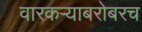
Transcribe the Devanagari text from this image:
वारकऱ्याबरोबरच